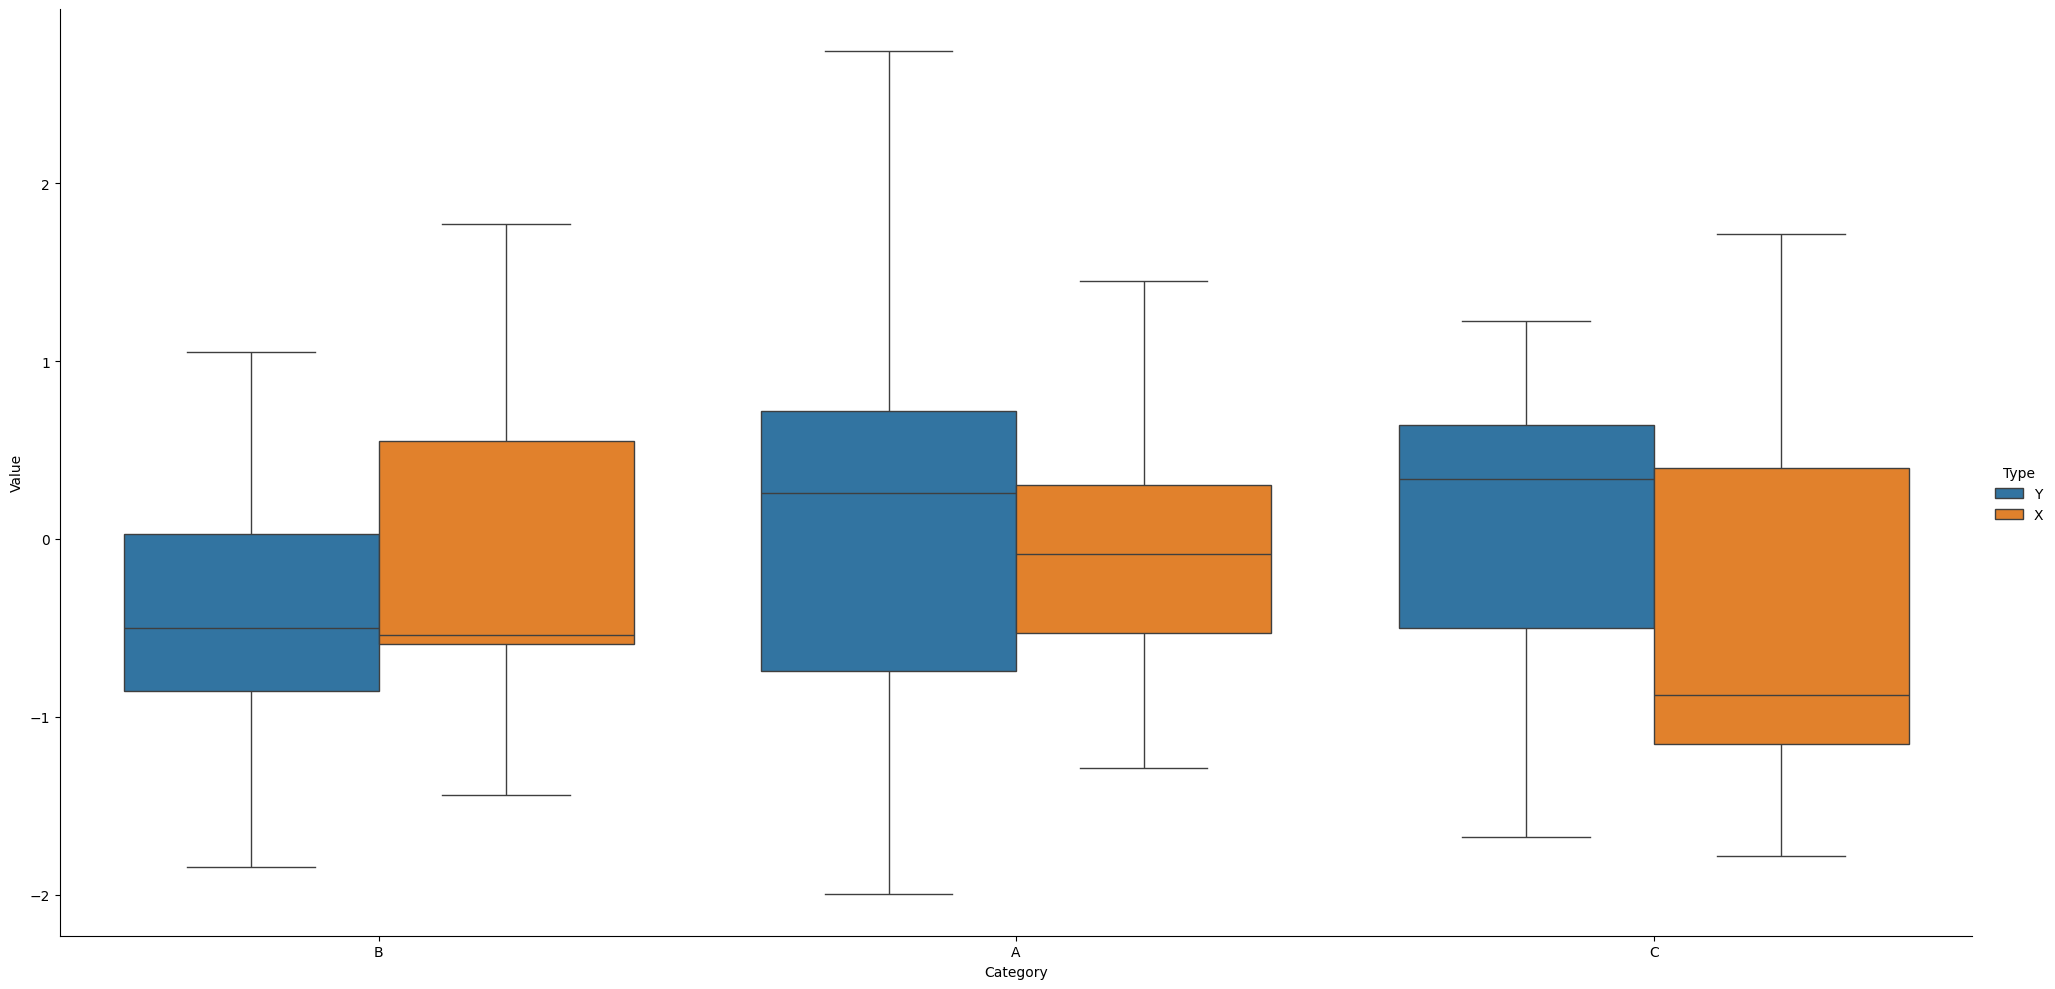
python, seaborn, catplot, kind='box', height=10, aspect=2